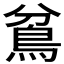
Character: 𩿈